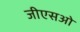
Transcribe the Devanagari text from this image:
जीएसओ